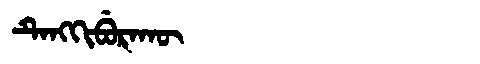
Manchu: ᡨᡝᠩᡴᡳᠪᡠᡵᠠᡴᡡ
Romanization: TENGKIBURAKŪ